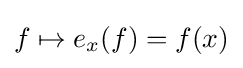
f\mapsto e_{x}(f)=f(x)